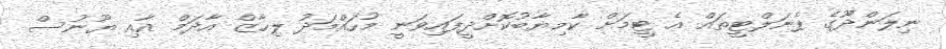
ނިލަންދޫގެ ޕެނަލްޓީތައް އެ ޓީމަށް ކާމިޔާބުކޮށްދީފައިވަނީ މުހައްމަދު ލިހާޒް އާދަމް އާއި ޔޫނުސް